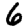
Digit: 6